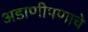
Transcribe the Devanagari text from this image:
अडाणीपणाचे